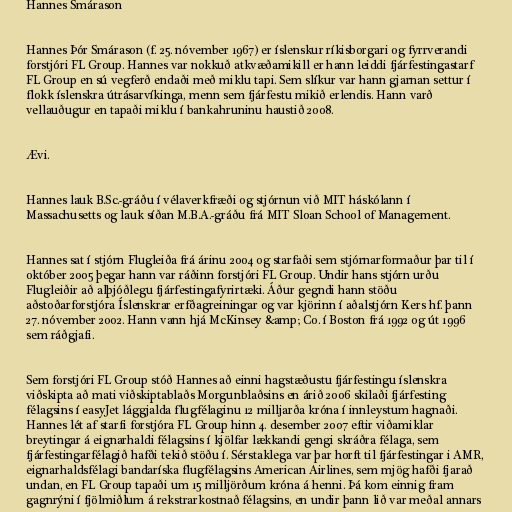
Hannes Smárason

Hannes Þór Smárason (f. 25. nóvember 1967) er íslenskur ríkisborgari og fyrrverandi
forstjóri FL Group. Hannes var nokkuð atkvæðamikill er hann leiddi fjárfestingastarf
FL Group en sú vegferð endaði með miklu tapi. Sem slíkur var hann gjarnan settur í
flokk íslenskra útrásarvíkinga, menn sem fjárfestu mikið erlendis. Hann varð
vellauðugur en tapaði miklu í bankahruninu haustið 2008.

Ævi.

Hannes lauk B.Sc.-gráðu í vélaverkfræði og stjórnun við MIT háskólann í
Massachusetts og lauk síðan M.B.A.-gráðu frá MIT Sloan School of Management.

Hannes sat í stjórn Flugleiða frá árinu 2004 og starfaði sem stjórnarformaður þar til í
október 2005 þegar hann var ráðinn forstjóri FL Group. Undir hans stjórn urðu
Flugleiðir að alþjóðlegu fjárfestingafyrirtæki. Áður gegndi hann stöðu
aðstoðarforstjóra Íslenskrar erfðagreiningar og var kjörinn í aðalstjórn Kers hf. þann
27. nóvember 2002. Hann vann hjá McKinsey &amp; Co. í Boston frá 1992 og út 1996
sem ráðgjafi.

Sem forstjóri FL Group stóð Hannes að einni hagstæðustu fjárfestingu íslenskra
viðskipta að mati viðskiptablaðs Morgunblaðsins en árið 2006 skilaði fjárfesting
félagsins í easyJet lággjalda flugfélaginu 12 milljarða króna í innleystum hagnaði.
Hannes lét af starfi forstjóra FL Group hinn 4. desember 2007 eftir viðamiklar
breytingar á eignarhaldi félagsins í kjölfar lækkandi gengi skráðra félaga, sem
fjárfestingarfélagið hafði tekið stöðu í. Sérstaklega var þar horft til fjárfestingar i AMR,
eignarhaldsfélagi bandaríska flugfélagsins American Airlines, sem mjög hafði fjarað
undan, en FL Group tapaði um 15 milljörðum króna á henni. Þá kom einnig fram
gagnrýni í fjölmiðlum á rekstrarkostnað félagsins, en undir þann lið var meðal annars